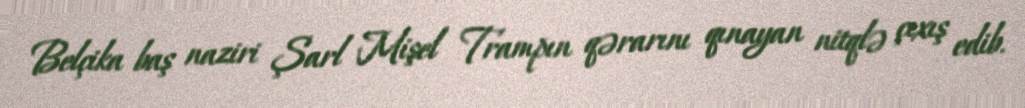
Belçika baş naziri Şarl Mişel Trampın qərarını qınayan nitqlə çıxış edib.